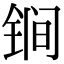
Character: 锏